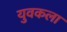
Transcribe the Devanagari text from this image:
युवकला